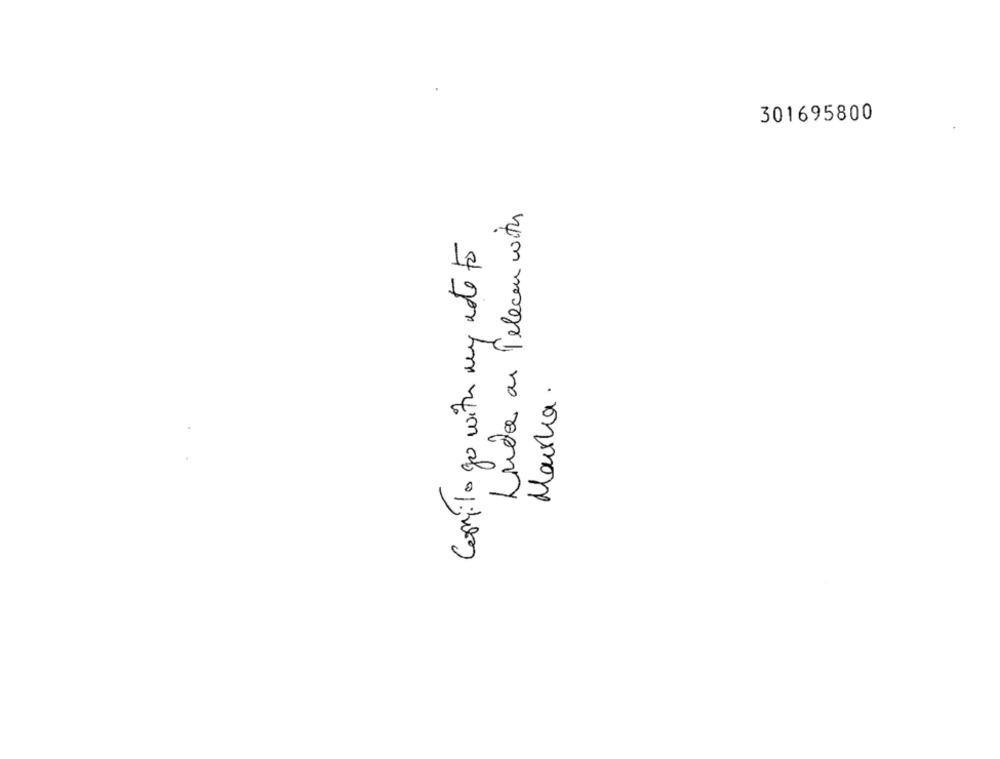
301695800
Ludo au Telecom with
Comilogo with my nte to
Marka .